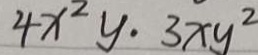
4 x ^ { 2 } y \cdot 3 x y ^ { 2 }